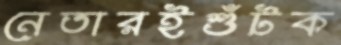
নেতারইশুঁটক